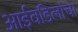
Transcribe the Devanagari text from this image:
आईवडिलांचा